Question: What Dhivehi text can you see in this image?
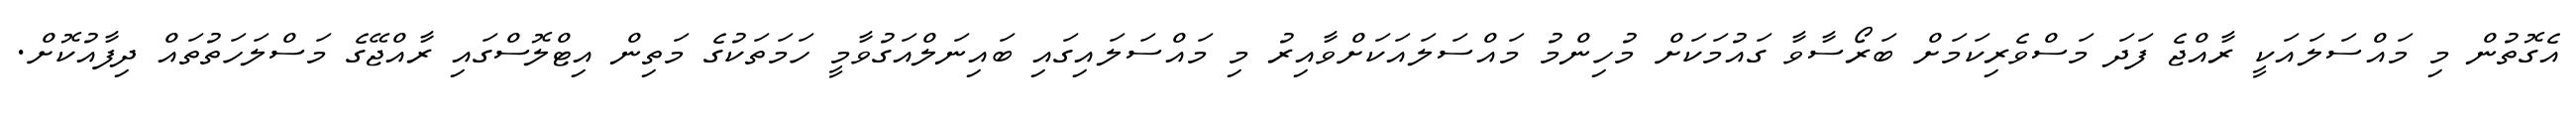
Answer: އެގޮތުން މި މައްސަލައަކީ ރާއްޖެ ފަދަ މަސްވެރިކަމަށް ބަރޯސާވާ ގައުމަކަށް މުހިންމު މައްސަލައަކަށްވާއިރު މި މައްސަލައިގައި ބައިނަލްއަގުވާމީ ހަމަތަކުގެ މަތިން އިޓްލޮސްގައި ރާއްޖޭގެ މަސްލަހަތުތައް ދިފާއުކޮށް.